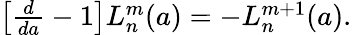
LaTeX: \begin{array}{r}{\left[\frac{d}{da}-1\right]L_{n}^{m}(a)=-L_{n}^{m+1}(a).}\end{array}